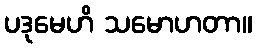
ပဒုမေဟိ သမောဟတာ။